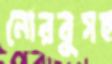
নোরবুসহ